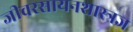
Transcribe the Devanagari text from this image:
जीवरसायनशास्त्रज्ञ